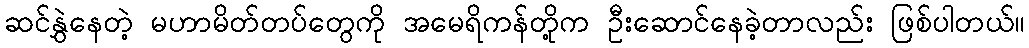
ဆင်နွှဲနေတဲ့ မဟာမိတ်တပ်တွေကို အမေရိကန်တို့က ဦးဆောင်နေခဲ့တာလည်း ဖြစ်ပါတယ်။